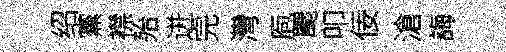
绍黨襟殆迸完灣庖颸叩佞滄誨